Indian Medical Review
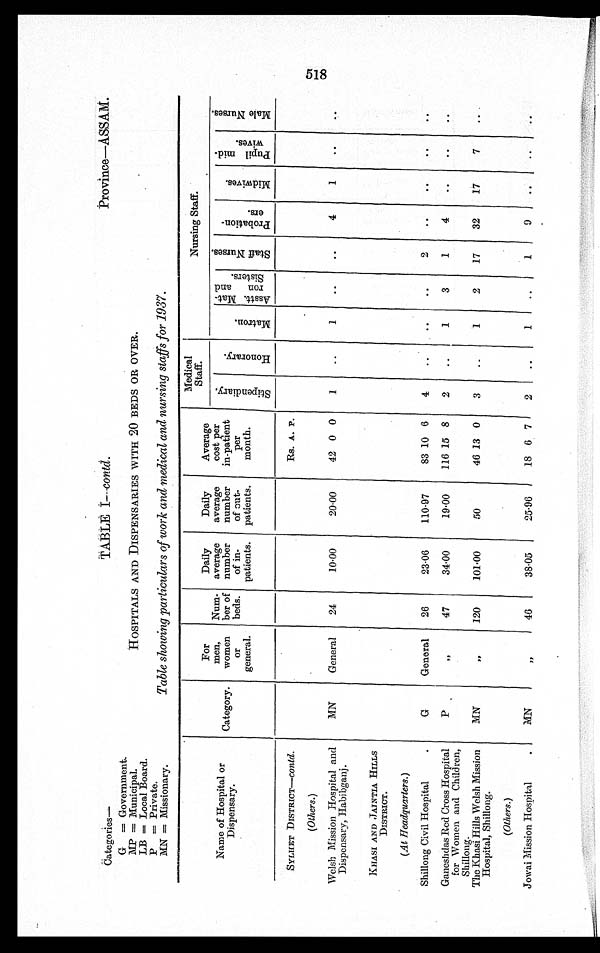
Categories
G = Government.
MP
Municipal.
LB = Local Board.
P = Private.
MN = Missionary.
TABLE I-- -contd.
HOSPITALS AND DISPENSARIES WITH 20 BEDS OR OVER.
Table showing particulars of work and medical and nursing staffs for 1937.
Province—ASSAM.
_.........
Medical
Staff.
Nursing Staff.
or
l
Hospita
of
Name
Dispensary.
;_,
For
Daily
Daily
Average
N
men,
Num- average
average
cost per
ai
general.
patients.
patients.
month.
o
Category.
women ber of number
number
in-patient
,-,
X ''
1
(.
,
: =2. ,
5
Or
beds.
of in-
of out-
per
;8
d
^":
'1
Z
751>
r4
Z
„
,,
'a
p...
g
- t 0 "
0 4
"Ci
P,'""
—
4
cZ ...'
<1
cn
fit
-
,-?- -,
P-1
r.'-
l
,•
o
P.
$ 0 ,-
tm
A •
.5
. 74 re
.
ce
w k ' 2 -'
.4S3
t.
0
;,.:. ,
z 0
,13,
SYLIIET DISTRICT—Contd.
Rs. A. P.
(Others.)
Yeish Mission Hospital and
MN
General
24
10.00
20.00
42 0 0
1
..
4
1
..
Dispensary, Habib,,,,anj.
KIIASI AND JAINTIA HILLS
DISTRICT.
(At Headquarters.)
Shillong Civil Hospital
.
G
General
26
23.06
110.97
83 10 6
4
..
..
..
for Women and Children,
1-aneshclas Red Cross Hospital
P
, P
47
34.00
19.00
116 15 8
2
..
1
3
1
Shillong.
'he Khasi Hills Welsh Mission
MN
„
120
101.00
50
46 13 0
3
..
1
2
17
32
17
7
Hospital, Shillong.
(Others.)
owai Mission Hospital
.
MN
5 2
46
38.05
25.96
18 6 7
2
..
1
..
1
9
..
..
Gt
CX)